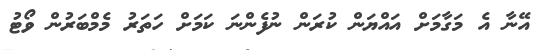
އޭނާ އެ މަގާމަށް އައްޔަން ކުރަން ނުފެންނަ ކަމަށް ހަތަރު މެމްބަރުން ވޯޓު